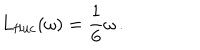
LaTeX: L _ { \mathrm { f l u c } } ( \omega ) = \frac { 1 } { 6 } \omega \, .